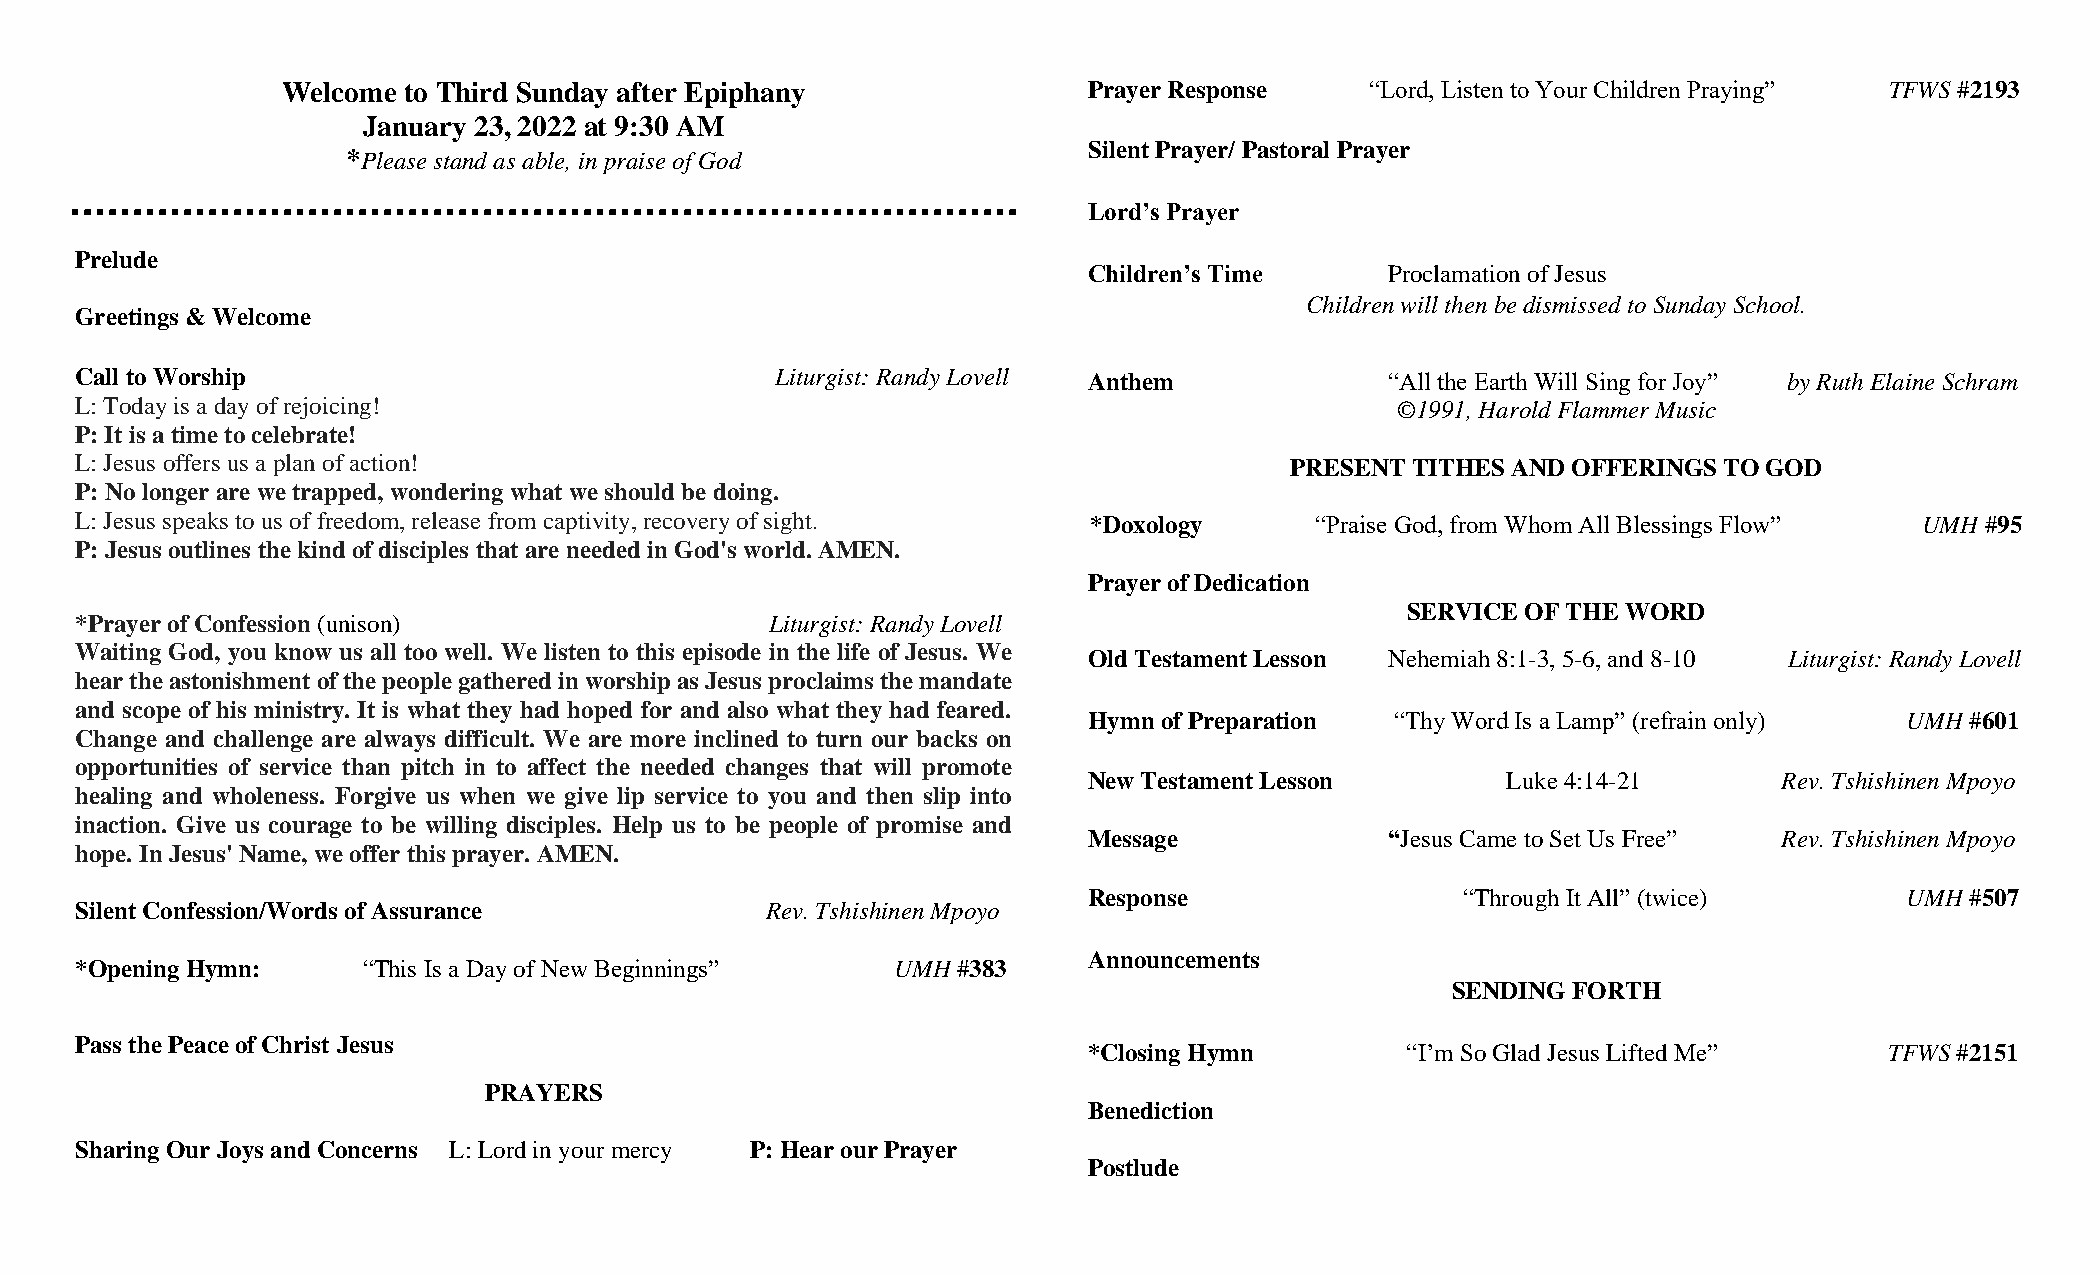
Welcome to Third Sunday after Epiphany               Prayer Response    “Lord, Listen to Your Children Praying” TFWS #2193
 January 23, 2022 at 9:30 AM
 Silent Prayer/ Pastoral Prayer
 *Please stand as able, in praise of God
 Lord’s Prayer
 Prelude
 Children’s Time     Proclamation of Jesus
 Children will then be dismissed to Sunday School.
 Greetings & Welcome
 Call to Worship                               Liturgist: Randy Lovell Anthem           “All the Earth Will Sing for Joy” by Ruth Elaine Schram
 L: Today is a day of rejoicing!                                                        ©1991, Harold Flammer Music
 P: It is a time to celebrate!
 L: Jesus offers us a plan of action!                                            PRESENT TITHES AND OFFERINGS TO GOD
 P: No longer are we trapped, wondering what we should be doing.
 L: Jesus speaks to us of freedom, release from captivity, recovery of sight. *Doxology “Praise God, from Whom All Blessings Flow” UMH #95
 P: Jesus outlines the kind of disciples that are needed in God's world. AMEN.
 Prayer of Dedication
 SERVICE OF THE WORD
 *Prayer of Confession (unison)                Liturgist: Randy Lovell
 Waiting God, you know us all too well. We listen to this episode in the life of Jesus. We
 Old Testament Lesson Nehemiah 8:1-3, 5-6, and 8-10 Liturgist: Randy Lovell
 hear the astonishment of the people gathered in worship as Jesus proclaims the mandate
 and scope of his ministry. It is what they had hoped for and also what they had feared.
 Hymn of Preparation “Thy Word Is a Lamp” (refrain only) UMH #601
 Change and challenge are always difficult. We are more inclined to turn our backs on
 opportunities of service than pitch in to affect the needed changes that will promote
 New Testament Lesson        Luke 4:14-21      Rev. Tshishinen Mpoyo
 healing and wholeness. Forgive us when we give lip service to you and then slip into
 inaction. Give us courage to be willing disciples. Help us to be people of promise and
 Message             “Jesus Came to Set Us Free” Rev. Tshishinen Mpoyo
 hope. In Jesus' Name, we offer this prayer. AMEN.
 Response                 “Through It All” (twice)     UMH #507
 Silent Confession/Words of Assurance          Rev. Tshishinen Mpoyo
 Announcements
 *Opening Hymn:     “This Is a Day of New Beginnings”  UMH #383
 SENDING FORTH
 Pass the Peace of Christ Jesus
 *Closing Hymn        “I’m So Glad Jesus Lifted Me”   TFWS #2151
 PRAYERS
 Benediction
 Sharing Our Joys and Concerns L: Lord in your mercy P: Hear our Prayer
 Postlude